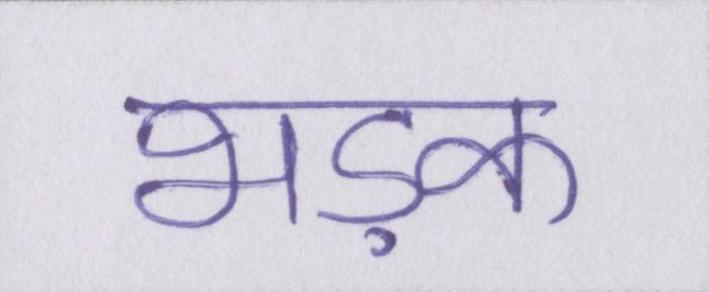
भड़क